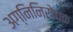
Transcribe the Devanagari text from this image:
अग्निनिरोधक